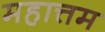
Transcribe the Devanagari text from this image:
महात्तम